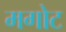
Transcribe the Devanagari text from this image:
मगोट